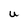
Character: U